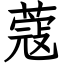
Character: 蔻